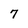
Character: 7